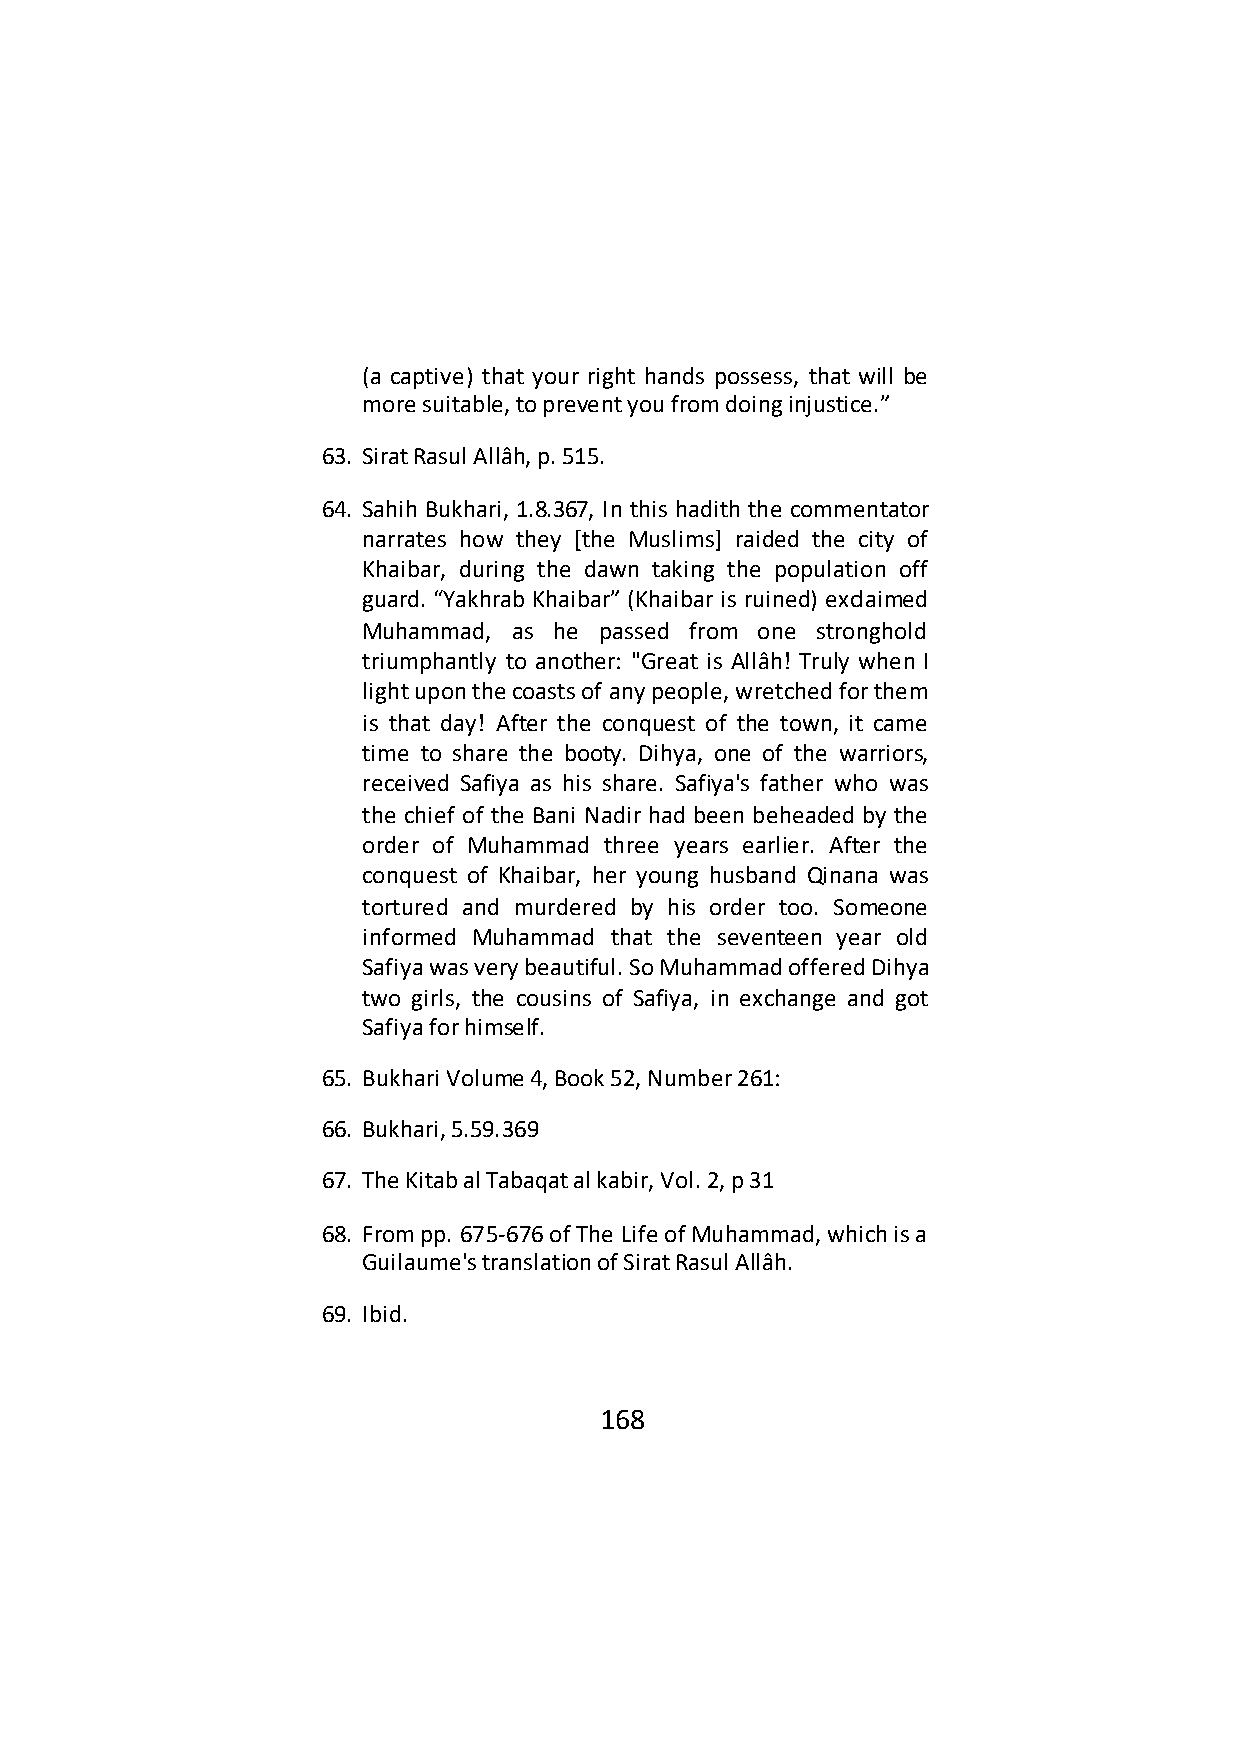
(a captive) that your right hands possess, that will be
 more suitable, to prevent you from doing injustice.”
 63. Sirat Rasul Allâh, p. 515.
 64. Sahih Bukhari, 1.8.367, In this hadith the commentator
 narrates how they [the Muslims] raided the city of
 Khaibar, during the dawn taking the population off
 guard. “Yakhrab Khaibar” (Khaibar is ruined) exclaimed
 Muhammad, as he passed from one stronghold
 triumphantly to another: "Great is Allâh! Truly when I
 light upon the coasts of any people, wretched for them
 is that day! After the conquest of the town, it came
 time to share the booty. Dihya, one of the warriors,
 received Safiya as his share. Safiya's father who was
 the chief of the Bani Nadir had been beheaded by the
 order of Muhammad three years earlier. After the
 conquest of Khaibar, her young husband Qinana was
 tortured and murdered by his order too. Someone
 informed Muhammad that the seventeen year old
 Safiya was very beautiful. So Muhammad offered Dihya
 two girls, the cousins of Safiya, in exchange and got
 Safiya for himself.
 65. Bukhari Volume 4, Book 52, Number 261:
 66. Bukhari, 5.59.369
 67. The Kitab al Tabaqat al kabir, Vol. 2, p 31
 68. From pp. 675-676 of The Life of Muhammad, which is a
 Guilaume's translation of Sirat Rasul Allâh.
 69. Ibid.
 168